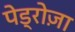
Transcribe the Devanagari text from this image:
पेड्रोज़ा